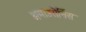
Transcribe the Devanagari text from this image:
अमाउरोर्निस